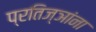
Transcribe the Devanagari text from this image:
प्रतिज्ञांना